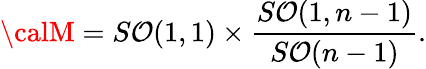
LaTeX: {\calM}={S\mathcal{O}(1,1)}\times{\frac{{S\mathcal{O}(1,n-1)}}{{S\mathcal{O}(n-1)}}}.